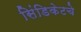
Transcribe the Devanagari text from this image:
सिंडिकेटचे